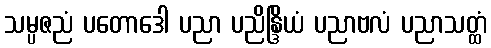
သမ္ပဇညံ ပတောဒေါ ပညာ ပညိန္ဒြိယံ ပညာဗလံ ပညာသတ္ထံ